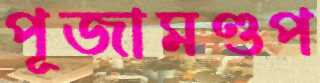
পূজামণ্ডপ